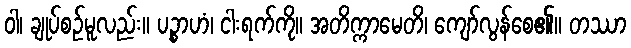
ဝါ၊ ချုပ်စဉ်မူလည်း။ ပဉ္စာဟံ၊ ငါးရက်ကို။ အတိက္ကာမေတိ၊ ကျော်လွန်စေ၏။ တဿာ